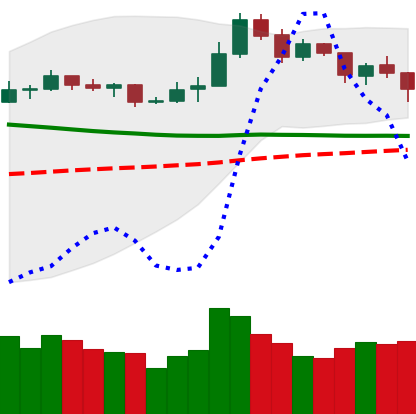
Ticker: NEO-USD
Chart end date: 2019-11-21
Forward return: -15.518%
Label: down_7plus